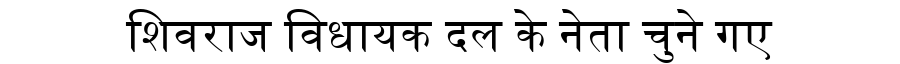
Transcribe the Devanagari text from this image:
शिवराज विधायक दल के नेता चुने गए